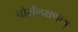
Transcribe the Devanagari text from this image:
चौर्यलक्षणाम्